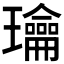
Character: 𰢙